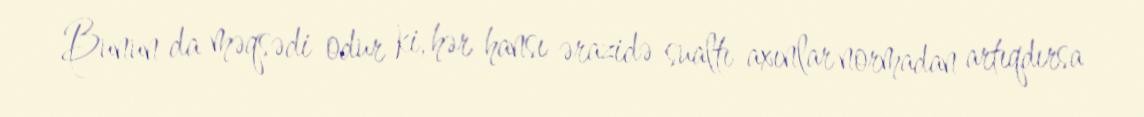
Bunun da məqsədi odur ki, hər hansı ərazidə sualtı axınlar normadan artıqdırsa